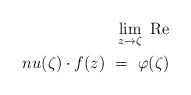
\begin{align*} \lim\limits_{z\to\zeta}\ \mathrm {Re}\\nu(\zeta)\cdot f(z)\ =\ \varphi(\zeta)\end{align*}